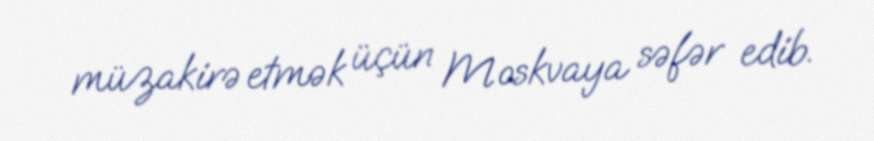
müzakirə etmək üçün Moskvaya səfər edib.